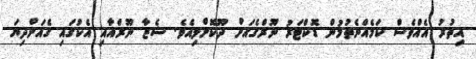
އިތުރު އެއްވެސް ކަމެއްނެތުމުން ޑޮކްޓަރު ނޫރްގެއަށް ދޫކޮށްލިއެވެ. ޝެޒާ ނޫރްއާއި އެކުގައި ގެއަށްދިޔަ